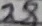
Text: 28